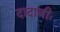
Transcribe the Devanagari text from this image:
दादाजीः